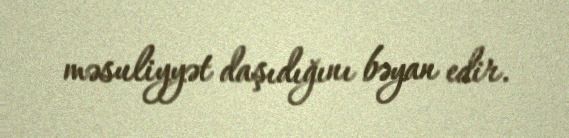
məsuliyyət daşıdığını bəyan edir.